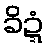
ခိဍ္ဍံ